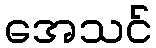
အေသင်